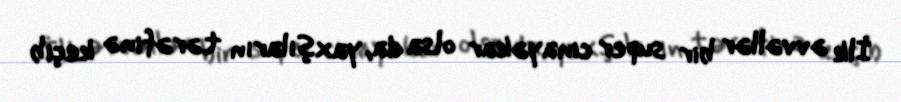
İlk əvvəllər bir super cinayəkar olsa da, yaxşıların tərəfinə keçib